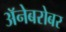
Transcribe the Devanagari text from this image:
अॅनेबरोबर